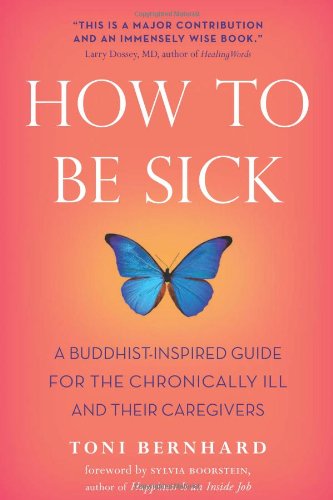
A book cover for How to Be Sick: A Buddhist-Inspired Guide for the Chronically Ill and Their Caregivers; Toni Bernhard; Medical Books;